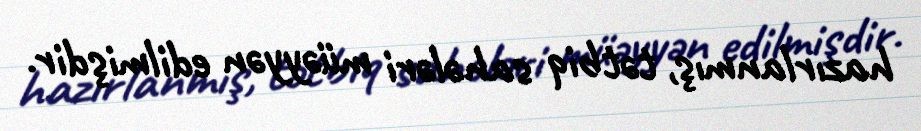
hazırlanmış, tətbiq sahələri müəyyən edilmişdir.